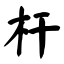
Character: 杆